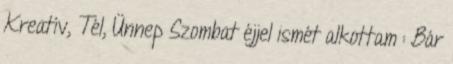
Kreatív, Tél, Ünnep Szombat éjjel ismét alkottam : Bár